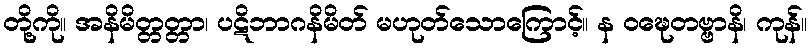
တို့ကို။ အနိမိတ္တတ္တာ၊ ပဋိဘာဂနိမိတ် မဟုတ်သောကြောင့်။ န ဝဍ္ဎေတဗ္ဗာနိ၊ ကုန်။